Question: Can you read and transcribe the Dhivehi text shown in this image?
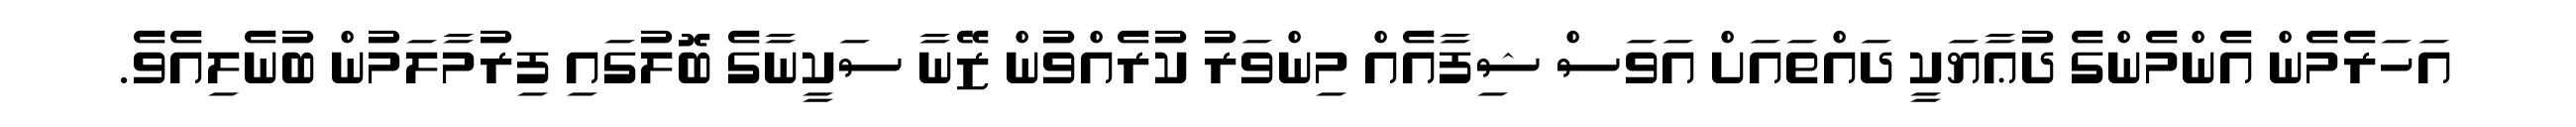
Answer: އަހަރެމެން އެންމެންގެ ދުޢާޔަކީ ދައްތައަށް އަވަސް ޝިފާއެއް މިންވަރު ކުރެއްވުން ޒޭނާ ސަކީނާގެ ބޮލުގައި ފިރުމާލަމުން ބުނެލިއެވެ.